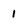
Character: 1